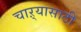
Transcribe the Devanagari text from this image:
चाऱ्यासाठी